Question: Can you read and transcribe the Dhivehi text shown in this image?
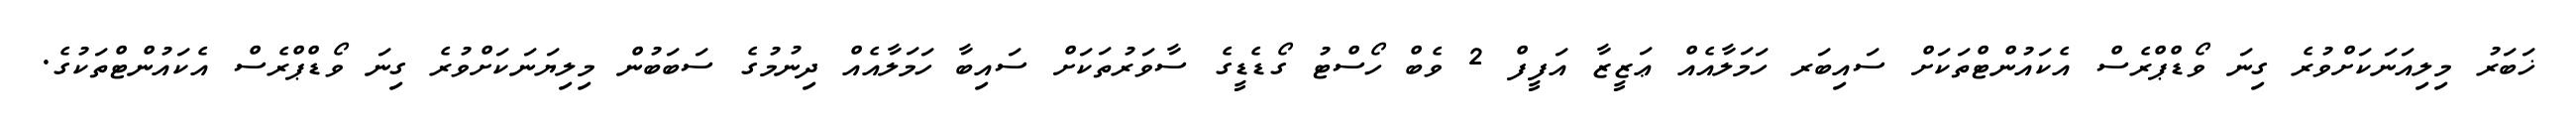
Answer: ޚަބަރު މިލިއަނަކަށްވުރެ ގިނަ ވޯޑްޕްރެސް އެކައުންޓްތަކަށް ސައިބަރ ހަމަލާއެއް ޢަޒީޒާ އަފީފް 2 ވެބް ހޯސްޓު ގޯޑެޑީގެ ސާވަރުތަކަށް ސައިބާ ހަމަލާއެއް ދިނުމުގެ ސަބަބުން މިލިޔަނަކަށްވުރެ ގިނަ ވޯޑްޕްރެސް އެކައުންޓްތަކުގެ.